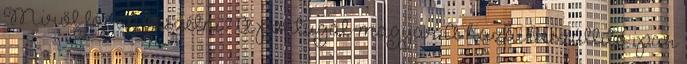
Miről fogok beszélni? A portugál-magyar A hazai beszállító ipar